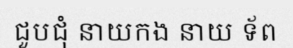
ជួបជុំ នាយកង នាយ ទ័ព